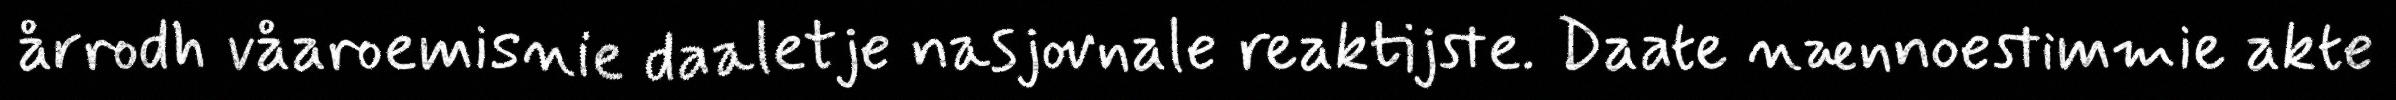
årrodh våaroemisnie daaletje nasjovnale reaktijste. Daate nænnoestimmie akte